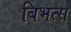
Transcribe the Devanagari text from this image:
बिभत्स